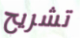
تشريح